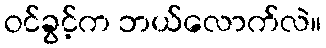
ဝင်ခွင့်က ဘယ်လောက်လဲ။